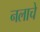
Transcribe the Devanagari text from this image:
नलाचे